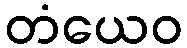
တံယေဝ